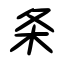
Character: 条